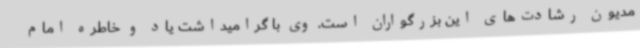
مدیون رشادت‌های این بزرگواران است. وی با گرامیداشت یاد و خاطره امام